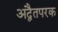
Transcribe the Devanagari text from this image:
अद्वैतपरक